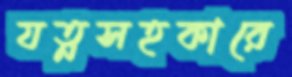
যত্নসহকারে